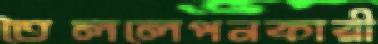
তৈললেপনকারী